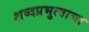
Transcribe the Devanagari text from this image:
शब्दप्रभुत्वाचा